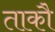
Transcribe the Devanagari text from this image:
ताकौ